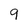
Character: 9